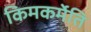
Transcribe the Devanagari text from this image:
किमकर्मेति